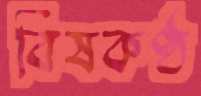
বিষকণ্ঠ